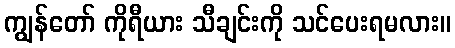
ကျွန်တော် ကိုရီယား သီချင်းကို သင်ပေးရမလား။